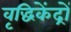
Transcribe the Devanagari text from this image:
वृद्धिकेंद्रों